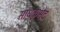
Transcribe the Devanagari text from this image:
साधकभेद